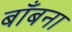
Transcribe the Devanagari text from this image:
बाँबना